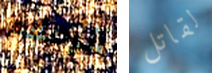
الزملاء لقاتل